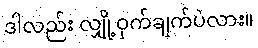
ဒါလည်း လျှို့ဝှက်ချက်ပဲလား။